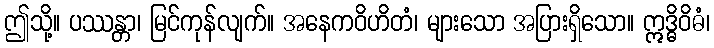
ဤသို့။ ပဿန္တာ၊ မြင်ကုန်လျက်။ အနေကဝိဟိတံ၊ များသော အပြားရှိသော။ ဣဒ္ဓိဝိဓံ၊